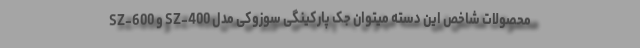
محصولات شاخص این دسته میتوان جک پارکینگی سوزوکی مدل SZ-400 و SZ-600